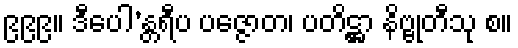
၉၉၉။ ဒီပေါ’န္တရီပ ပဇ္ဇောတ၊ ပတိဋ္ဌာ နိဗ္ဗုတီသု စ။